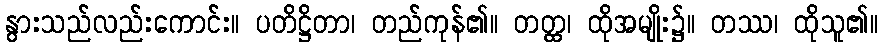
နွားသည်လည်းကောင်း။ ပတိဋ္ဌိတာ၊ တည်ကုန်၏။ တတ္ထ၊ ထိုအမျိုး၌။ တဿ၊ ထိုသူ၏။